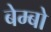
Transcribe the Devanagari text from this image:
बेम्बो